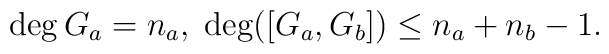
\deg G_a = n_a, \; \deg([G_a, G_b]) \leq n_a + n_b - 1.